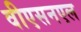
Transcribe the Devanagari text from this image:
वीएसनएल